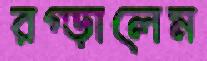
রগ্‌ড়ালেম